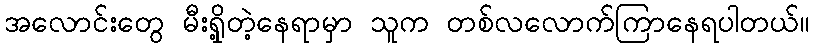
အလောင်းတွေ မီးရှို့တဲ့နေရာမှာ သူက တစ်လလောက်ကြာနေရပါတယ်။